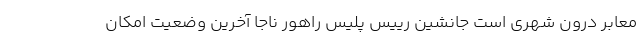
معابر درون شهری است جانشین رییس پلیس راهور ناجا آخرین وضعیت امکان